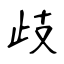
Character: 歧